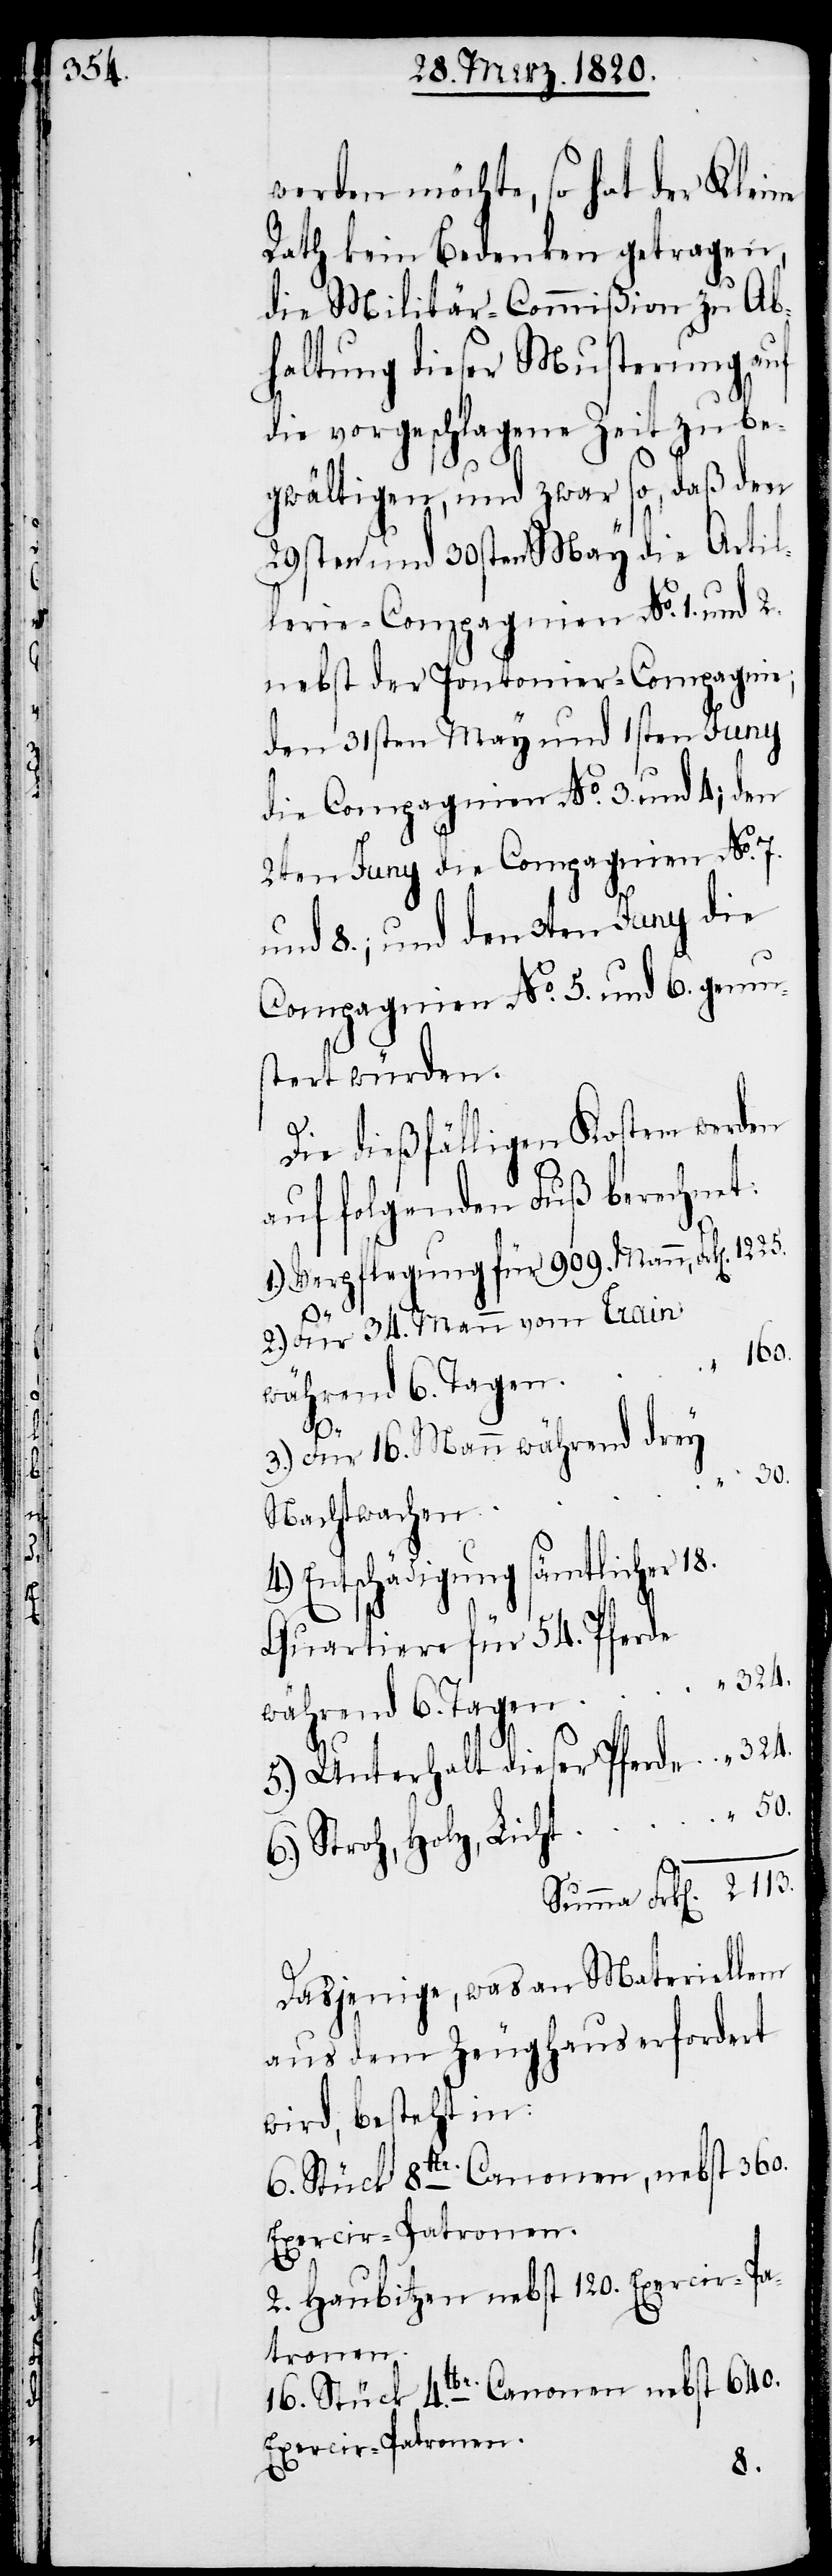
324.

werden möchte, so hat der Kleine
Rath kein Bedenken getragen,
die Militär-Commißion zu Ab¬
haltung dieser Musterung auf
die vorgeschlagene Zeit zu be¬
gwältigen, und zwar so, daß den
29sten und 30sten May die Artil¬
lerie-Compagnien No. 1. und 2.
nebst der Pontonier-Compagnie;
den 31sten May und 1sten Juny
die Compagnien No. 3. und 4; den
2ten Juny die Compagnien No.
und 8; und den 3ten Juny die
Compagnien No. 5. und 6. gemu¬
stert würden.
Die dießfälligen Kosten werden
auf folgenden Fuß berechnet:
1.) Verpflegung für 909. Mann,
2.) Für 34. Mann vom Train
4.)
3.) Für 16. Mann während drey
Nachtwachen
Entschädigung sämtlicher 18.
Quartiere für 54. Pferde
5.) Unterhalt dieser Pferde
6.) Stroh, Holz, Licht
Dasjenige, was an Materiellem
aus dem Zeughaus erfordert
wird, besteht in:
6. Stück 8lbr. Canonen, nebst 360.
Exercir-Patronen.
2. Haubitzen nebst 120. Exercir-Pa¬
tronen.
50.
„
16. Stück 4.lbr. Canonen nebst 640.
Exercir-Patronen.
30.